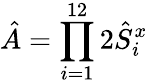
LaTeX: \hat{A}=\prod_{i=1}^{12}2\hat{S}_{i}^{x}